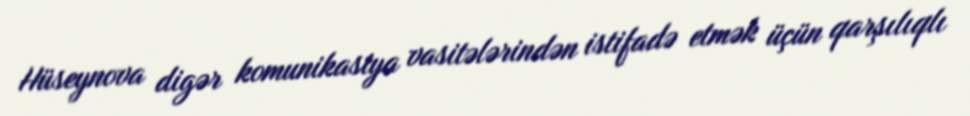
Hüseynova digər komunikasiya vasitələrindən istifadə etmək üçün qarşılıqlı